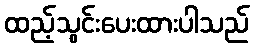
ထည့်သွင်းပေးထားပါသည်